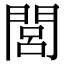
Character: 閭